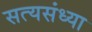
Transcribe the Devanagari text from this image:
सत्यसंध्या